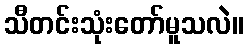
သီတင်းသုံးတော်မူသလဲ။